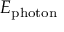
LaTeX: E _ { \mathrm { p h o t o n } }